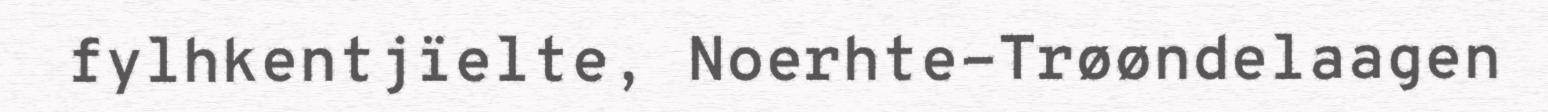
fylhkentjïelte, Noerhte-Trøøndelaagen